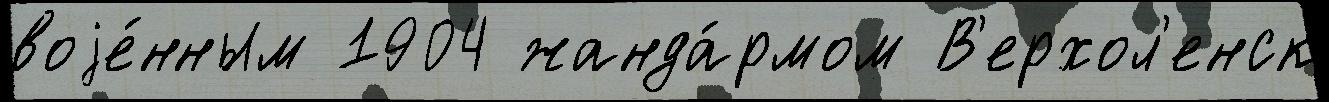
воjе́нным 1904 жанда́рмом В'ерхол'енск